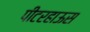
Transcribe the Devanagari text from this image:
पीटरहाऊस